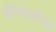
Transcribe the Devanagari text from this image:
सैल्वाडोरन